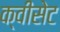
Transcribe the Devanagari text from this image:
क्वीसेट